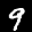
Label: 9